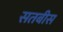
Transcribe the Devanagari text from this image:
सतबीस